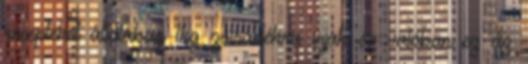
recepteket általában 1kg zsiradékra írják és valóban ez az